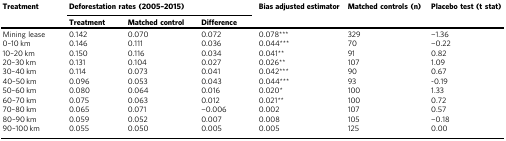
<table><thead><tr><td><b>Treatment</b></td><td colspan="3"><b>Deforestation rates (2005–2015)</b></td><td><b>Bias adjusted estimator</b></td><td><b>Matched controls (n)</b></td><td><b>Placebo test (t stat)</b></td></tr><tr><td></td><td><b>Treatment</b></td><td><b>Matched control</b></td><td><b>Difference</b></td><td></td><td></td><td></td></tr></thead><tbody><tr><td>Mining lease</td><td>0.142</td><td>0.070</td><td>0.072</td><td>0.078***</td><td>329</td><td>−1.36</td></tr><tr><td>0–10 km</td><td>0.146</td><td>0.111</td><td>0.036</td><td>0.044***</td><td>70</td><td>−0.22</td></tr><tr><td>10–20 km</td><td>0.150</td><td>0.116</td><td>0.034</td><td>0.041**</td><td>91</td><td>0.82</td></tr><tr><td>20–30 km</td><td>0.131</td><td>0.104</td><td>0.027</td><td>0.026**</td><td>107</td><td>1.09</td></tr><tr><td>30–40 km</td><td>0.114</td><td>0.073</td><td>0.041</td><td>0.042***</td><td>90</td><td>0.67</td></tr><tr><td>40–50 km</td><td>0.096</td><td>0.053</td><td>0.043</td><td>0.044***</td><td>93</td><td>-0.19</td></tr><tr><td>50–60 km</td><td>0.080</td><td>0.064</td><td>0.016</td><td>0.020*</td><td>100</td><td>1.33</td></tr><tr><td>60–70 km</td><td>0.075</td><td>0.063</td><td>0.012</td><td>0.021**</td><td>100</td><td>0.72</td></tr><tr><td>70–80 km</td><td>0.065</td><td>0.071</td><td>−0.006</td><td>0.002</td><td>107</td><td>0.57</td></tr><tr><td>80–90 km</td><td>0.059</td><td>0.052</td><td>0.007</td><td>0.008</td><td>105</td><td>−0.18</td></tr><tr><td>90–100 km</td><td>0.055</td><td>0.050</td><td>0.005</td><td>0.005</td><td>125</td><td>0.00</td></tr></tbody></table>